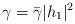
LaTeX: \begin{align*}\gamma=\bar{\gamma} |h_1|^2\end{align*}